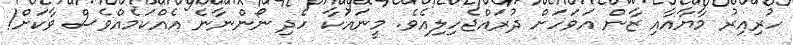
ހުރިއިރު މާޔާއާއި ޒާން އަވަހަށް ދުރައްޖެހިލިއެވެ. މީނައަކާ ހެދި ނޯންނާނެ އެއްކަމެއްވެސް ވާކަށް!